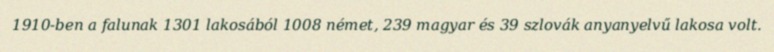
1910-ben a falunak 1301 lakosából 1008 német, 239 magyar és 39 szlovák anyanyelvű lakosa volt.